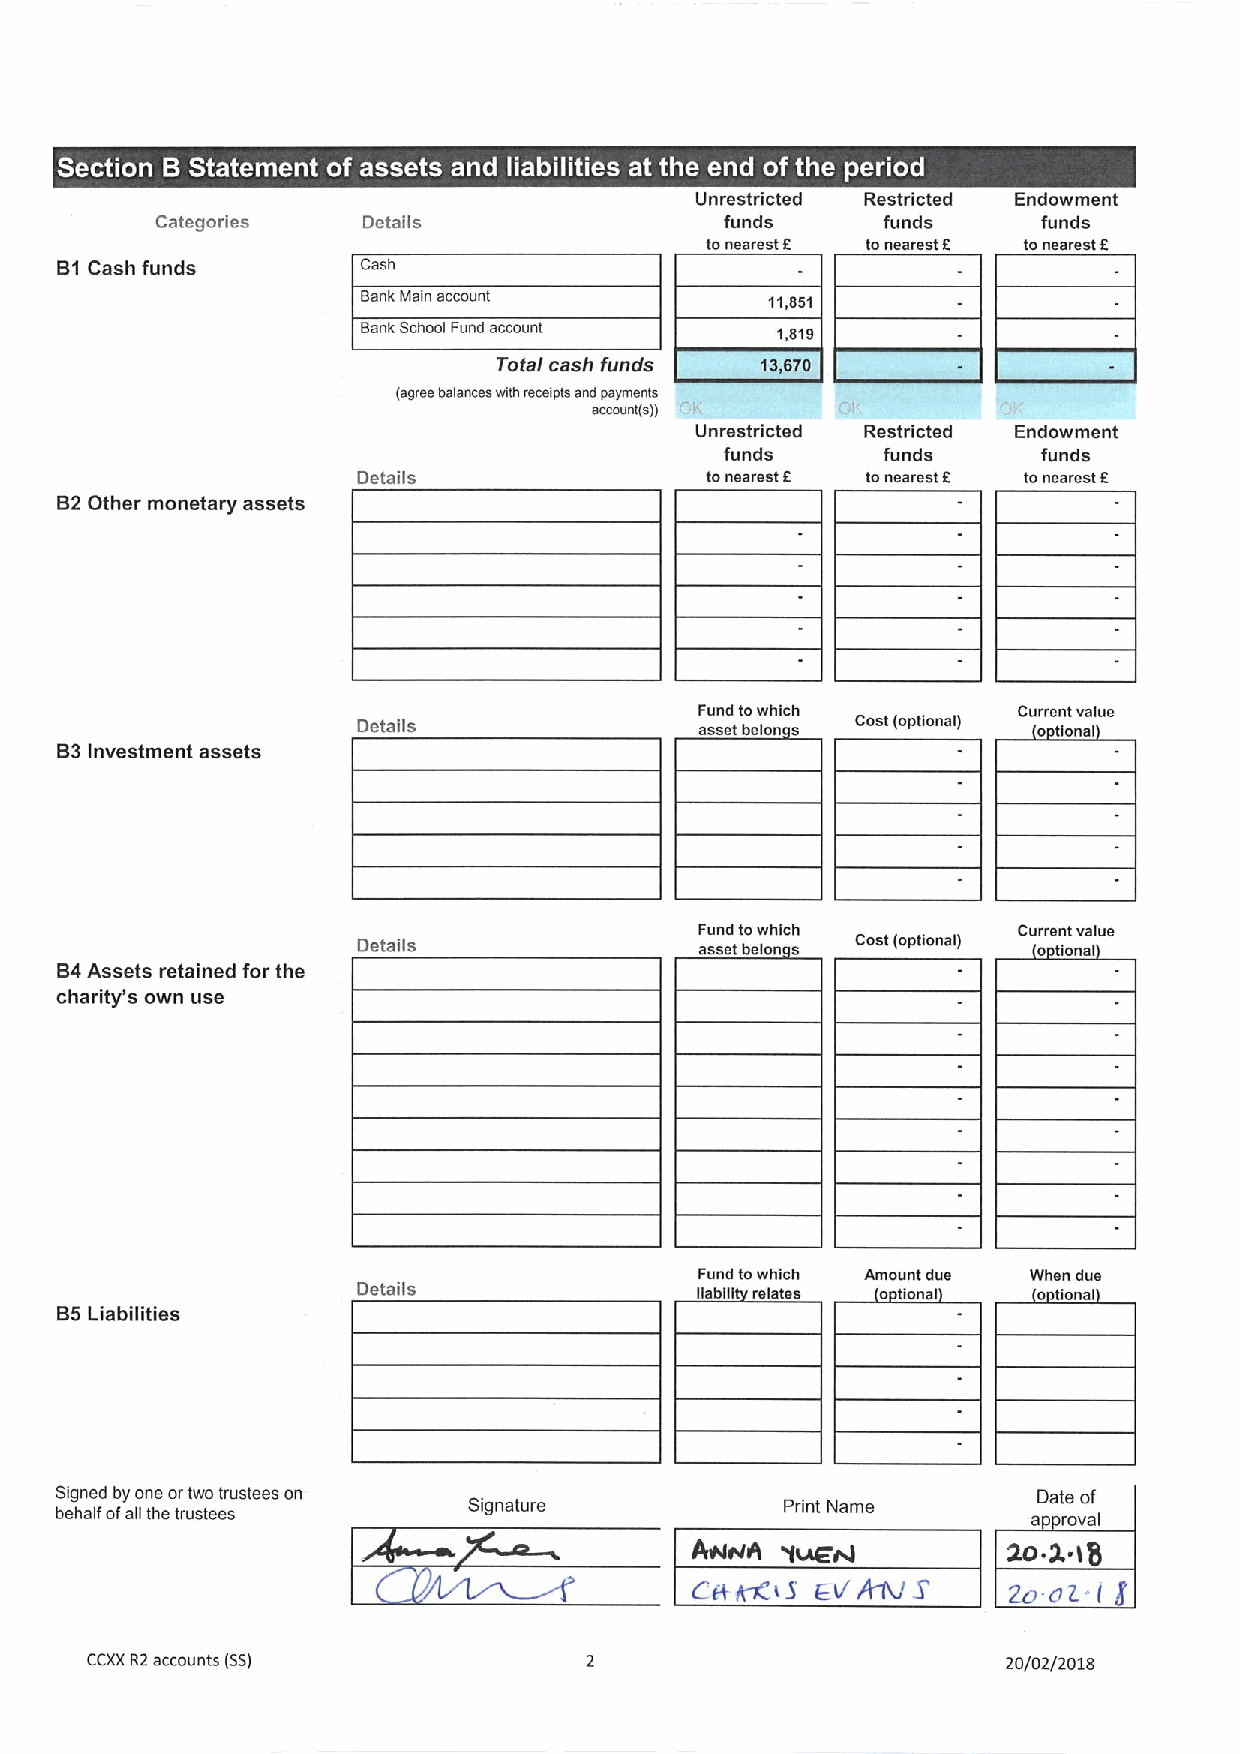
~   ~            ~ ~    ~  ~ ~
 Unrestricted Restricted Endowment
 Categories    Details                 funds     funds      funds
 tonearest 8 to nearest 8 tonearest 8
 Bt Cash funds       Cash
 Bank Main account          11,851
 Bank School Fund account   1,819
 Total cash funds 13,670
 (agiee balances with receipts ahd paymehlc
 acccuht(c)) n'K  Dii       0'.
 Unrestricted Restricted Endowment
 funds     funds      funds
 Details                tonearest 8 tonearest 8 tonearest 8
 B2Other monetary assets
 Fund towhich         Current value
 Details               asset baton a Cost (optional) o tional
 B3Investment assets
 Fund towhich         Current value
 Details               asset baton a Cost (optional) o tional
 B4Assets retained for the
 charity's own use
 Fund towhich Amount due When due
 Details               liabili relates o tional o tional
 B5Liabilities
 Signed by one ortwo trustees on                                  Date of
 behalf ofasthe trustees    Signature            Print Name      a royal
 Atp4HA 'fuEN         m a 18
 Cff W(S EVrdffV S'   ZO C)Z-i E
 CCXXR2accounts (SS)                                          20/02/2018